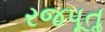
રજપૂતૢ